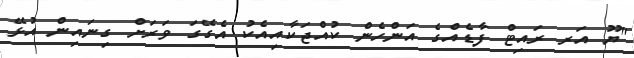
"ޔޫ އަރ ރައިޓް ފާޑެއްގެ އަންހެން ކުއްޖަކާއިއެކު އެގޭގަ ވަރަށް ގިނައިން އުޅޭ